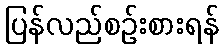
ပြန်လည်စဉ်းစားရန်